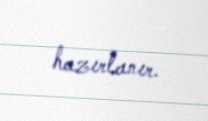
hazırlanır.